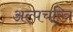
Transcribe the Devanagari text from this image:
अल्पचरित्र